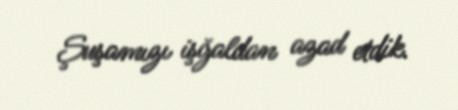
Şuşamızı işğaldan azad etdik.